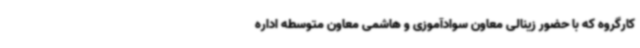
کارگروه که با حضور زینالی معاون سوادآموزی و هاشمی معاون متوسطه اداره